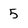
Character: 5